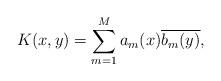
LaTeX: \begin{align*}K(x,y) = \sum_{m = 1}^Ma_m(x)\overline{b_m(y)}, \end{align*}